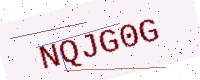
Text: NQJG0G